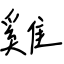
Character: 雞